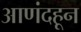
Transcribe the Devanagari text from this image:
आणंदहून